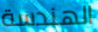
الهندسة